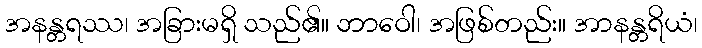
အနန္တရဿ၊ အခြားမရှိ သည်၏။ ဘာဝေါ၊ အဖြစ်တည်း။ အာနန္တရိယံ၊